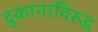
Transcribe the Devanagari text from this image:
दुकानाविरुद्ध